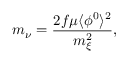
m _ { \nu } = { \frac { 2 f \mu \langle \phi ^ { 0 } \rangle ^ { 2 } } { m _ { \xi } ^ { 2 } } } ,